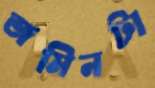
জমিনটা